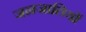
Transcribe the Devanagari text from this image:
जनजातियाें